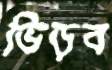
ভিড়ব